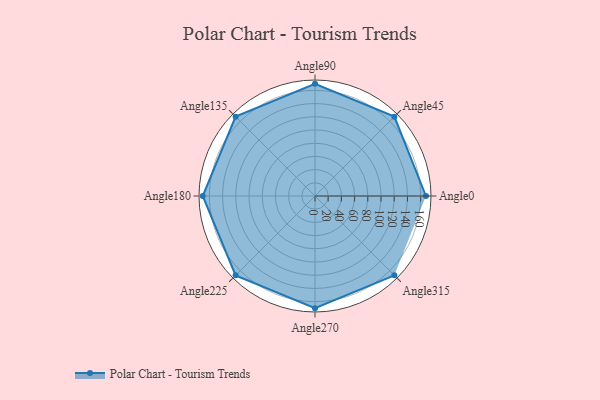
{"axis": {"x": "Angle", "y": "Radius"}, "legend": [""], "data": [{"x": "Angle0", "y": 168.0, "type": ""}, {"x": "Angle45", "y": 170, "type": ""}, {"x": "Angle90", "y": 170, "type": ""}, {"x": "Angle135", "y": 170, "type": ""}, {"x": "Angle180", "y": 170, "type": ""}, {"x": "Angle225", "y": 170, "type": ""}, {"x": "Angle270", "y": 170, "type": ""}, {"x": "Angle315", "y": 170, "type": ""}]}